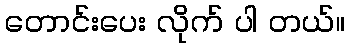
တောင်းပေး လိုက် ပါ တယ်။